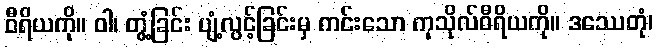
ဝီရိယကို။ ဝါ၊ တွံ့ခြင်း ပျံ့လွင့်ခြင်းမှ ကင်းသော ကုသိုလ်ဝီရိယကို။ ဒဿေတုံ၊